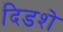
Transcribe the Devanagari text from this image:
दिडशे